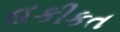
હકીકત